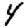
Digit: 4